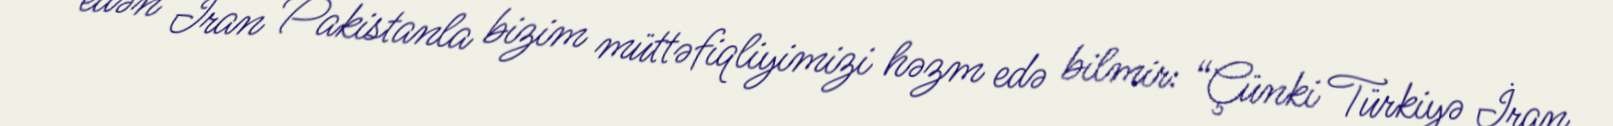
edən İran Pakistanla bizim müttəfiqliyimizi həzm edə bilmir: “Çünki Türkiyə İran